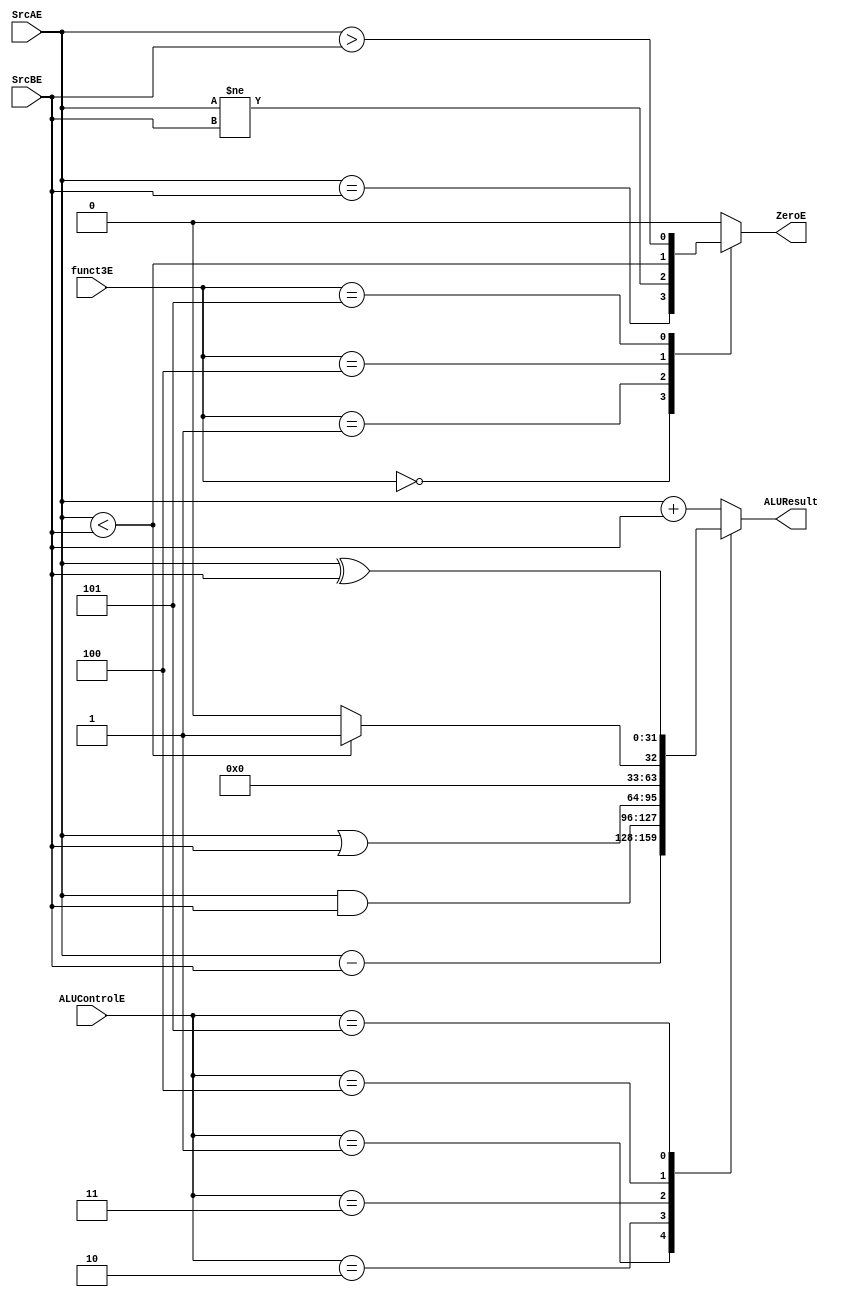
module alu(
           input [31:0] SrcAE,SrcBE,  // ALU 32-bit Inputs
           input [2:0] ALUControlE,// ALU Selection
           input [2:0] funct3E,
           output[31:0] ALUResult, // ALU 32-bit Output
       output reg ZeroE  // Zero Flag
    );
    reg [31:0] ALU_Result;
    wire [32:0] tmp;
    assign ALUResult = ALU_Result; // ALU out
    assign tmp = {1'b0,SrcAE} + {1'b0,SrcBE};
  //assign Zero = (ALU_Result == 0);  // Zero Flag ALU_Result
  always @(*)
  begin
     case(funct3E)
     3'b000: ZeroE <= SrcAE == SrcBE; //beq
     3'b001: ZeroE <=  SrcAE != SrcBE; //bne
     3'b100: ZeroE <=  $signed(SrcAE) < $signed(SrcBE); //blt
     3'b101: ZeroE <=  $signed(SrcAE) > $signed(SrcBE); //bge
     default : ZeroE <= 0;
     endcase
  end
    always @(*)
    begin
        case(ALUControlE)
        3'b000: ALU_Result = SrcAE + SrcBE ;
        3'b001: ALU_Result= SrcAE - SrcBE ;
        3'b010: ALU_Result = SrcAE & SrcBE;
        3'b011: ALU_Result = SrcAE | SrcBE;
        3'b100: ALU_Result = ($signed(SrcAE)<$signed(SrcBE))?32'd1:32'd0;
        3'b101: ALU_Result = SrcAE ^ SrcBE;
        default: ALU_Result = SrcAE + SrcBE;
        endcase
    end
endmodule